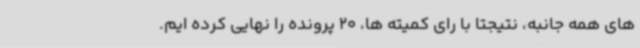
های همه جانبه، نتیجتا با رای کمیته ها، 20 پرونده را نهایی کرده ایم.